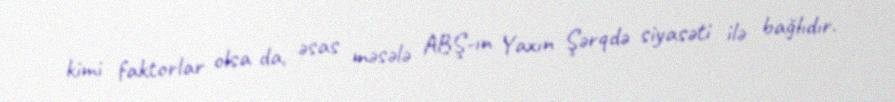
kimi faktorlar olsa da, əsas məsələ ABŞ-ın Yaxın Şərqdə siyasəti ilə bağlıdır.